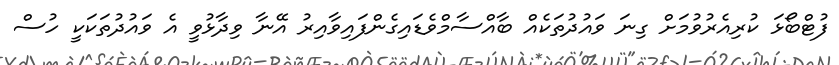
ފުޓްބޯޅަ ކުރިއެރުވުމަށް ގިނަ ވައުދުތަކެއް ބާއްސާމްވެޑައިގެންފައިވާއިރު އޭނާ ވިދާޅުވީ އެ ވައުދުތަކަކީ ހުސް